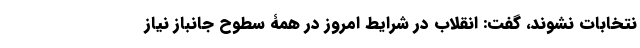
نتخابات نشوند، گفت: انقلاب در شرایط امروز در همۀ سطوح جانباز نیاز